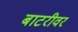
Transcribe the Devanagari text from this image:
बाटरीवर